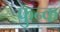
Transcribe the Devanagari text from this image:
फुन्क